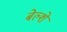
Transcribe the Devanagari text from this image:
बेल्शे